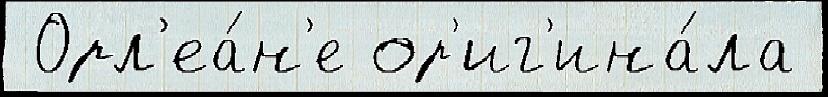
 Орл'еа́н'е ор'иг'ина́ла